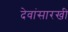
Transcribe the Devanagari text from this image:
देवांसारखी